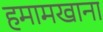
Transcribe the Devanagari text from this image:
हमामखाना